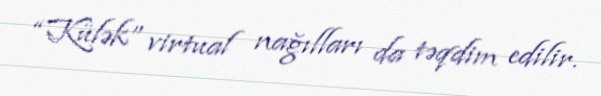
“Külək” virtual nağılları da təqdim edilir.